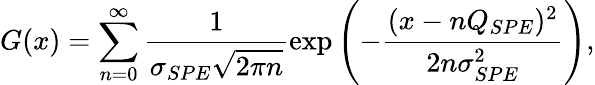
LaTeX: G(x)=\sum_{n=0}^{\infty}\frac{1}{\sigma_{SPE}\sqrt{2\pi n}}\exp{\left(-\frac{(x-nQ_{SPE})^{2}}{2n\sigma_{SPE}^{2}}\right)},